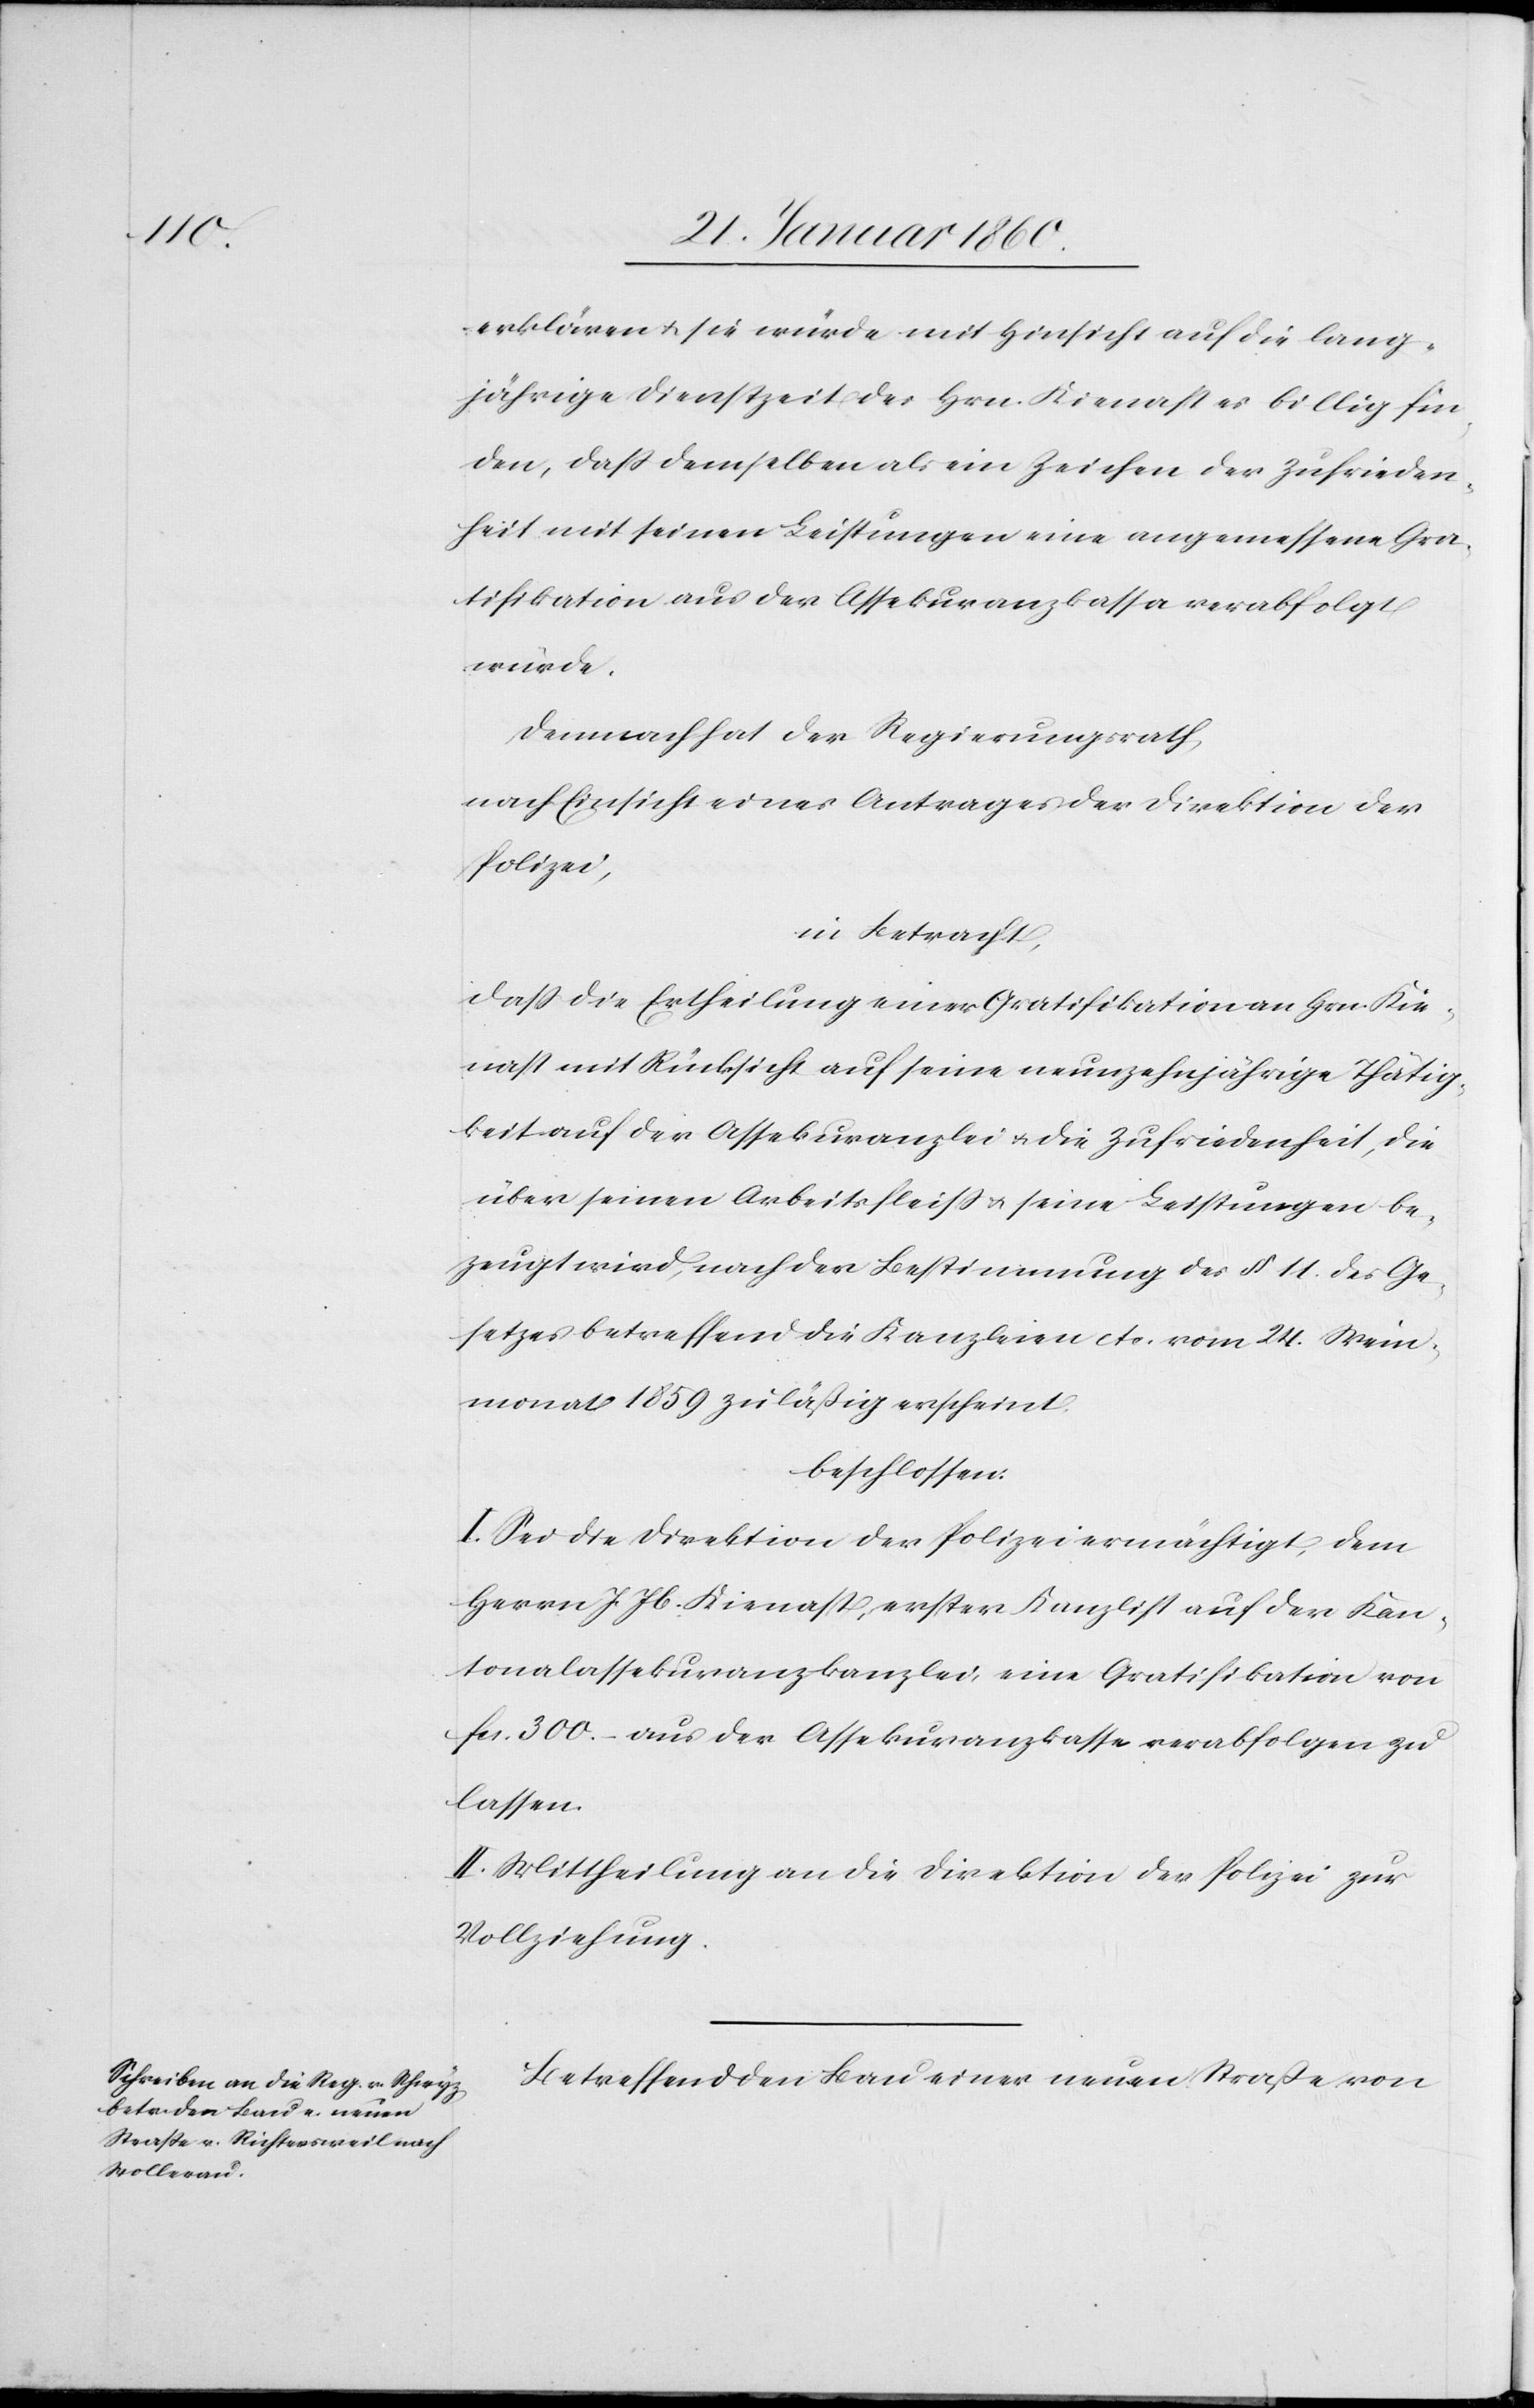
erklären u. sie würde mit Hinsicht auf die lang¬
jährige Dienstzeit der Hrn. Kienast es billig fin¬
den, dass demselben als ein Zeichen der Zufrieden¬
heit mit seinen Leistungen eine angemessene Gra¬
tifikation aus der Assekuranzkassa verabfolgen
würde.
Demnach hat der Regierungsrath,
nach Einsicht eines Antrages der Direktion der
Polizei,
in Betracht,
dass die Ertheilung einer Gratifikation an Hrn. Kie¬
nast mit Rücksicht auf seine neunzehnjährige Thätig¬
keit auf der Assekuranz[kanz]lei u. die Zufriedenheit, die
über seinen Arbeitsfleiss u. seine Leistungen be¬
zeugt wird, nach der Bestimmung des §. 11. des Ge¬
setzes betreffend die Kanzleien etc. vom 24. Wein¬
monat 1859 zuläßig erscheint
beschlossen;
I. Sei die Direktion der Polizei ermächtigt, dem
Herrn J. Jb. Kienast, erster Kanzlist auf der Kan¬
tonalassekuranzkanzlei, eine Gratifikation von
fcs. 300 – aus der Assekuranzkasse verabfolgen zu
lassen.
II. Mittheilung an die Direktion der Polizei zur
Vollziehung.
Betreffend den Bau einer neuen Strasse von